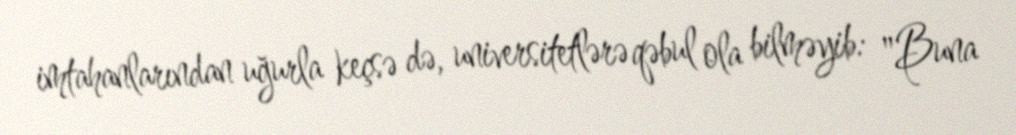
imtahanlarından uğurla keçsə də, universitetlərə qəbul ola bilməyib: "Buna